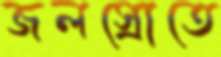
জলস্রোতে